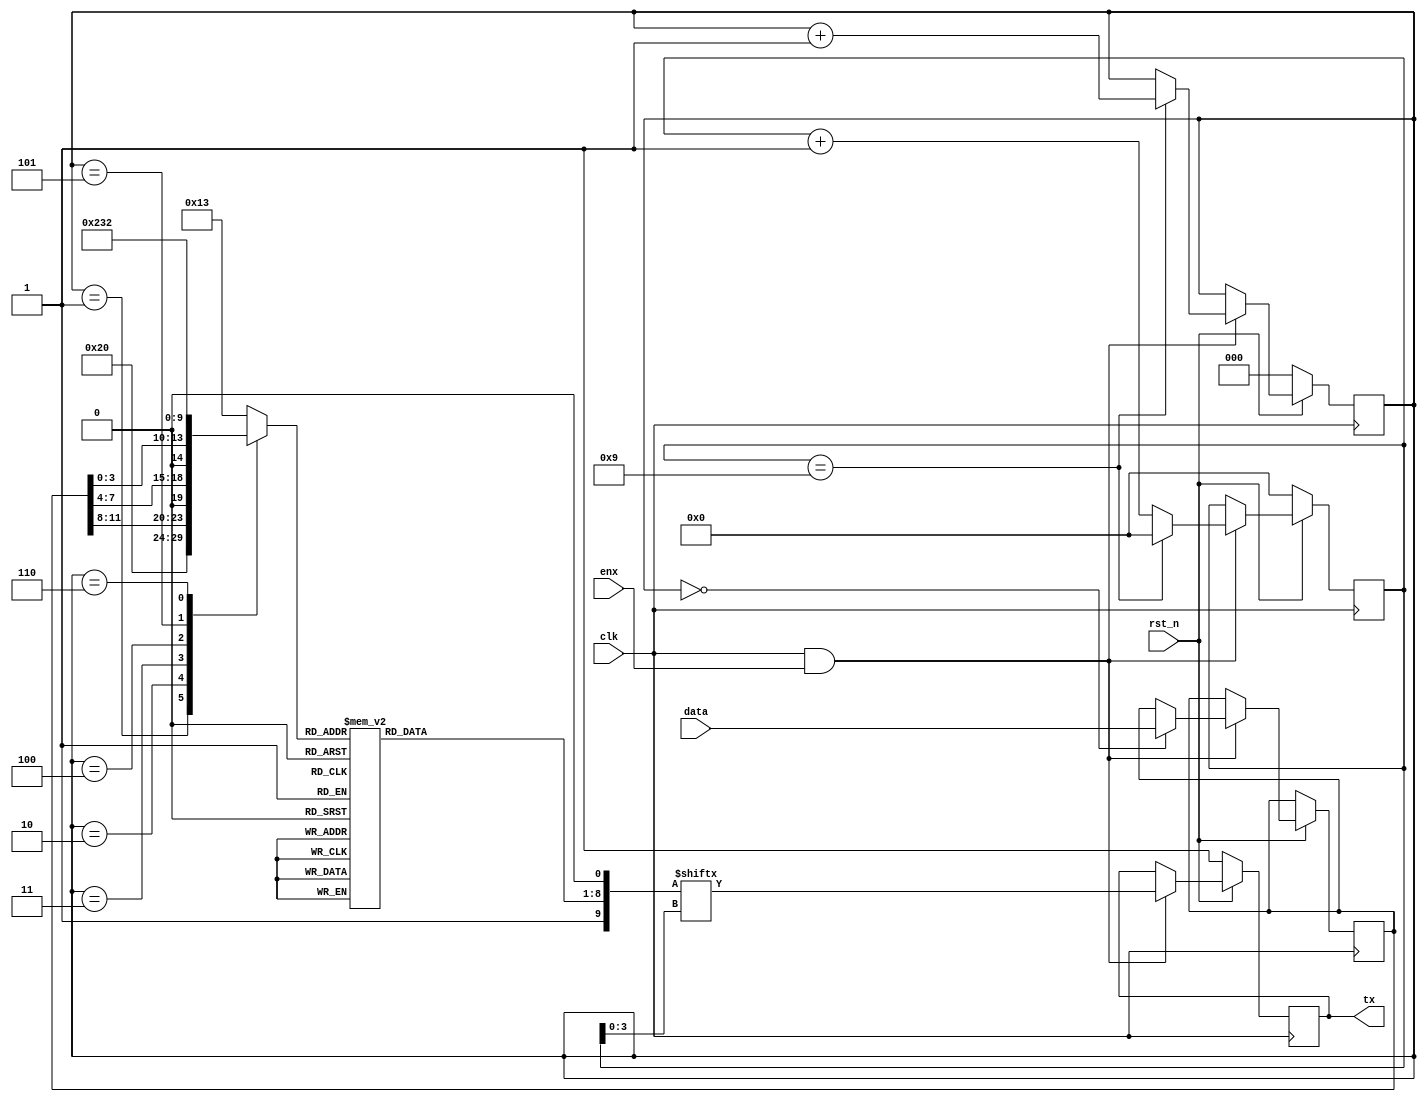
`timescale 1ns / 1ps
//////////////////////////////////////////////////////////////////////////////////
// Company: 
// Engineer: 
// 
// Design Name: 
// Module Name: serTXa
// Project Name: 
// Target Devices: 
// Tool Versions: 
// Description: 
// 
// Dependencies: 
// 
// Revision:
// Revision 0.01 - File Created
// Additional Comments:
// 
//////////////////////////////////////////////////////////////////////////////////


module serTXa(clk, rst_n, enx, data,tx);
    input clk;
    input rst_n;
    input enx;
    input [11:0] data;
    output tx;
  
    reg txI;
    reg [5:0] cntT;    // counter 0..64
    reg [2:0] cntC;    // counter 0..8
    wire [9:0] dataW;  // Data word to send 
    reg [7:0] dataXA;  // ASCII value
    reg [4:0] nib;     // 4 Bit numeric
    reg [11:0] dataI;     // 4 Bit numeric
    wire P;             // parity
    
    // transfer to ASCII
   always @(nib)   
      case (nib)	
	    5'b00000 : dataXA = 8'b0011_0000;    // ASC 0 0x30
	    5'b00001 : dataXA = 8'b0011_0001;    // ASC 1
	    5'b00010 : dataXA = 8'b0011_0010;    // ASC 2
	    5'b00011 : dataXA = 8'b0011_0011;    // ASC 3
	    5'b00100 : dataXA = 8'b0011_0100;    // ASC 4
	    5'b00101 : dataXA = 8'b0011_0101;    // ASC 5
	    5'b00110 : dataXA = 8'b0011_0110;    // ASC 6
	    5'b00111 : dataXA = 8'b0011_0111;    // ASC 7
	    5'b01000 : dataXA = 8'b0011_1000;    // ASC 8
	    5'b01001 : dataXA = 8'b0011_1001;    // ASC 9
	    5'b01010 : dataXA = 8'b0100_0001;    // ASC A 0x41
	    5'b01011 : dataXA = 8'b0100_0010;    // ASC B
	    5'b01100 : dataXA = 8'b0100_0011;    // ASC C
	    5'b01101 : dataXA = 8'b0100_0100;    // ASC D
	    5'b01110 : dataXA = 8'b0100_0101;    // ASC E
	    5'b01111 : dataXA = 8'b0100_0110;    // ASC F
     	5'b10000 : dataXA = 8'b0111_1000;    // ASC x 0x78 8'b0111_1000
     	5'b10001 : dataXA = 8'b0000_1101;    // ASC CR 0x0D 8'b0000_1101
     	5'b10010 : dataXA = 8'b0000_1010;    // ASC LF 0x0A 8'b0000_1010
     	5'b10011 : dataXA = 8'b0010_0000;    // ASC Space 0x20 8'b0010_0000
     	default: dataXA = 8'b0010_0000;      // ASC x
	  endcase	
    // transfer to ASCII
   always @(cntC, data)
          case (cntC[2:0])	
		    3'b001 : nib = 5'b10000;   // "x"
	        3'b010 : nib = {1'b0,dataI[11:8]};   // MSB
	        3'b011 : nib = {1'b0,dataI[7:4]};    // ..
	        3'b100 : nib = {1'b0,dataI[3:0]};    // LSB
            3'b101 : nib = 5'b10001;   // CR
	        3'b110 : nib = 5'b10010;   // LF
	      default: nib = 5'b10011;     // space
	      endcase	
                   
     assign dataW = {1'b1,dataXA,1'b0}; // 4'b011
     // assign dataW = {10'b1_0111_1011_0}; // gives { successfull with baud 56200  

    // counter action       
    always @(posedge clk) begin
       if(!rst_n) begin
          cntT <= 6'b00_0000;
          cntC <= 3'b000;
          txI <= 1'b1;
       end else if (clk & enx) begin
          txI <= dataW[cntT[3:0]];
          cntT <= cntT + 1;
          if (cntT == 6'b001001) begin
            cntT <= 6'b00_0000;
            cntC <= cntC + 1;
          end
          if (cntC == 3'b000 ) begin
             dataI = data;
          end
       end
    end   
    assign tx = txI;
endmodule